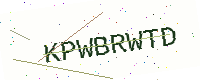
Text: KPWBRWTD